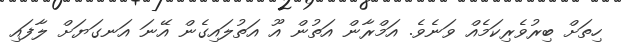
ހިތަށް ބިރުވެރިކަމެއް ވަނެވެ. އަމްރާން އަތުން އޫ އަތުލައިގެން އޭނަ އަނގަޔަށް ލާފައި